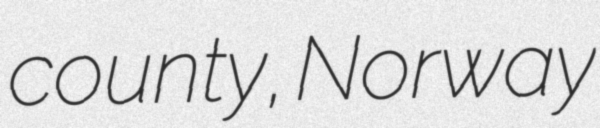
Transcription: county, Norway